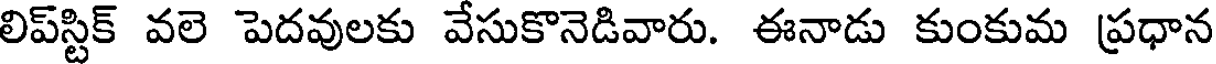
లిప్స్టిక్ వలె పెదవులకు వేసుకొనెడివారు. ఈనాడు కుంకుమ ప్రధాన